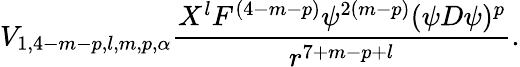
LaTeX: V_{1,4-m-p,l,m,p,\alpha}\frac{X^{l}F^{(4-m-p)}\psi^{2(m-p)}(\psi D\psi)^{p}}{r^{7+m-p+l}}.